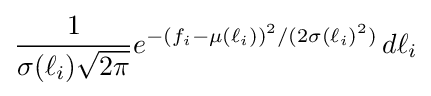
{\frac {1}{\sigma (\ell _{i}){\sqrt {2\pi }}}}e^{-(f_{i}-\mu (\ell _{i}))^{2}/(2\sigma (\ell _{i})^{2})}\,d\ell _{i}